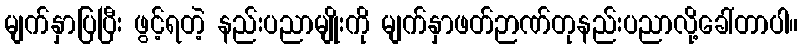
မျက်နှာပြပြီး ဖွင့်ရတဲ့ နည်းပညာမျိုးကို မျက်နှာဖတ်ဉာဏ်တုနည်းပညာလို့ခေါ်တာပါ။